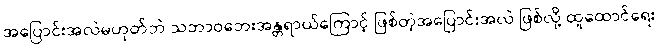
အပြောင်းအလဲမဟုတ်ဘဲ သဘာဝဘေးအန္တရာယ်ကြောင့် ဖြစ်တဲ့အပြောင်းအလဲ ဖြစ်လို့ ထူထောင်ရေး